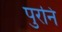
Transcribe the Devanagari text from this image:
पुरनि